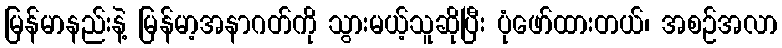
မြန်မာနည်းနဲ့ မြန်မာ့အနာဂတ်ကို သွားမယ့်သူဆိုပြီး ပုံဖော်ထားတယ်၊ အစဉ်အလာ